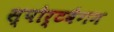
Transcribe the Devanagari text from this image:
स्पोर्टवैगन